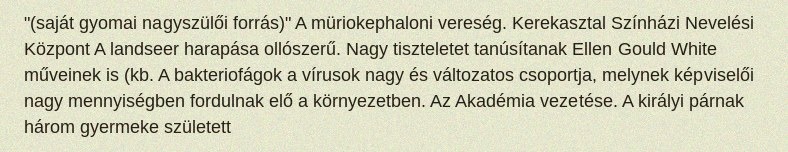
"(saját gyomai nagyszülői forrás)" A müriokephaloni vereség. Kerekasztal Színházi Nevelési Központ A landseer harapása ollószerű. Nagy tiszteletet tanúsítanak Ellen Gould White műveinek is (kb. A bakteriofágok a vírusok nagy és változatos csoportja, melynek képviselői nagy mennyiségben fordulnak elő a környezetben. Az Akadémia vezetése. A királyi párnak három gyermeke született